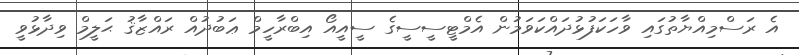
އެ ރަސްމިއްޔާތުގައި ވާހަކަފުޅުދައްކަވަމުން އެމްޓީސީސީގެ ސީއީއޯ އިބްރާހީމް ޢަބުދުއް ރައްޒާޤު ޙަލީމް ވިދާޅުވީ